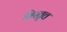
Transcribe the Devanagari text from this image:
विस्तृत्त